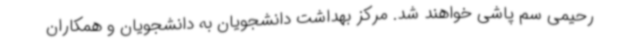
رحیمی سم پاشی خواهند شد. مرکز بهداشت دانشجویان به دانشجویان و همکاران